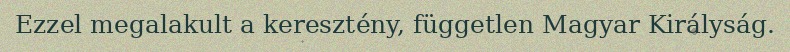
Ezzel megalakult a keresztény, független Magyar Királyság.